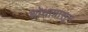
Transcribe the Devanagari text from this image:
शोधापासून